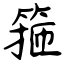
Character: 箍